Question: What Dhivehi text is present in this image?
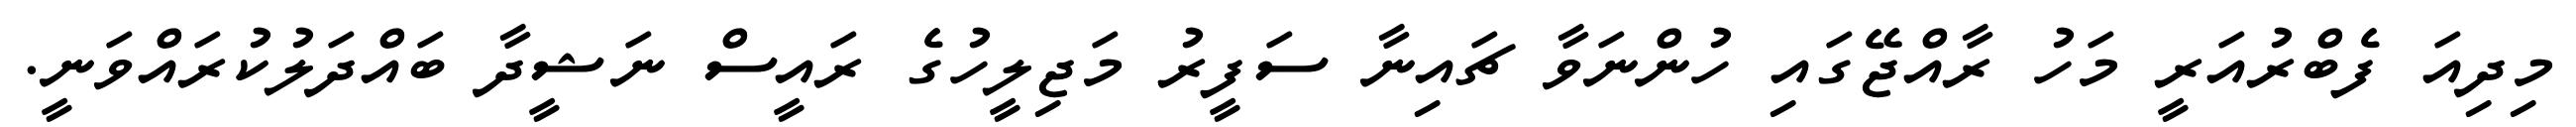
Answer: މިދިއަ ފެބްރުއަރީ މަހު ރާއްޖޭގައި ހުންނަވާ ޗައިނާ ސަފީރު މަޖިލީހުގެ ރައީސް ނަޝީދާ ބައްދަލުކުރައްވަނީ.